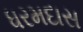
ધરમદાસ